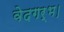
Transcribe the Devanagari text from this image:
वेदगर्भ।